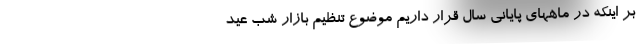
بر اینکه در ماههای پایانی سال قرار داریم موضوع تنظیم بازار شب عید